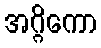
အဂ္ဂိကော